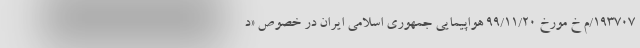
193707/م خ مورخ 99/11/20 هواپیمایی جمهوری اسلامی ایران در خصوص «د